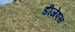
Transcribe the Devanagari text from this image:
डीजेएस